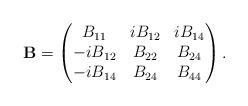
LaTeX: \begin{align*}\mathbf{B}=\begin{pmatrix}B_{11}&iB_{12}&iB_{14}\\-iB_{12}&B_{22}&B_{24}\\-iB_{14}&B_{24}&B_{44}\end{pmatrix}.\end{align*}